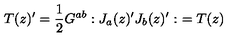
T ( z ) ^ { \prime } = \frac { 1 } { 2 } G ^ { a b } : J _ { a } ( z ) ^ { \prime } J _ { b } ( z ) ^ { \prime } : \ = T ( z )